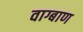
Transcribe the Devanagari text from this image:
वाग्बाण